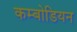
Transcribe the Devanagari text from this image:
कम्बोडियन